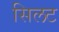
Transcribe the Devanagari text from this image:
सिलट